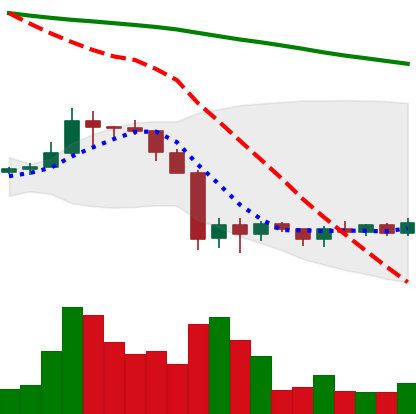
Ticker: ADA-USD
Chart end date: 2019-10-04
Forward return: 7.467%
Label: up_7plus